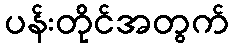
ပန်းတိုင်အတွက်